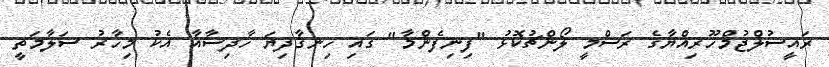
ރައީސުލްޖުމްހޫރިއްޔާގެ ރަސްމީ ލޯންޗުކޮޅު "ފިނިފެންމާ" ގައި ހިނގާދިޔަ ހާދިސާއާ އެކު މިހާރު ސަލާމަތީ